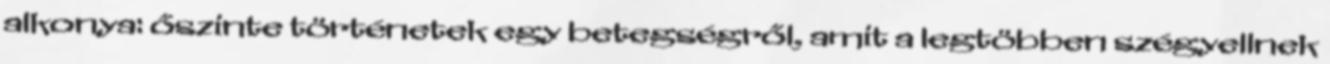
alkonya: őszinte történetek egy betegségről, amit a legtöbben szégyellnek